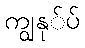
ကျွနု်ပ်